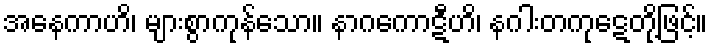
အနေကာဟိ၊ များစွာကုန်သော။ နာဂကောဋီဟိ၊ နဂါးတကုဋေတို့ဖြင့်။